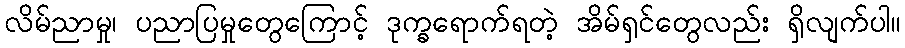
လိမ်ညာမှု၊ ပညာပြမှုတွေကြောင့် ဒုက္ခရောက်ရတဲ့ အိမ်ရှင်တွေလည်း ရှိလျက်ပါ။